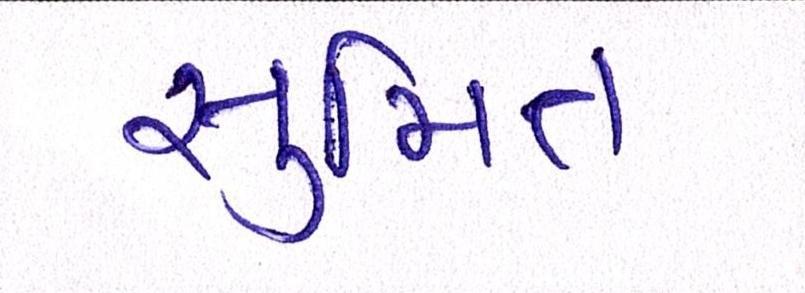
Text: સુમિત